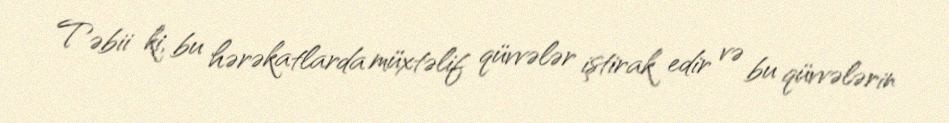
Təbii ki, bu hərəkatlarda müxtəlif qüvvələr iştirak edir və bu qüvvələrin